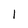
Character: l